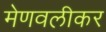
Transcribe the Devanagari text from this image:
मेणवलीकर